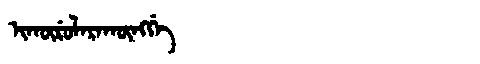
Manchu: ᡳᡴᡡᡵᡠᠯᠠᡵᠠᡴᡡᠩᡤᡝ
Romanization: IKŪRULARAKŪNGGE